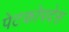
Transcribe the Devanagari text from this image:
पेटकोपदेस